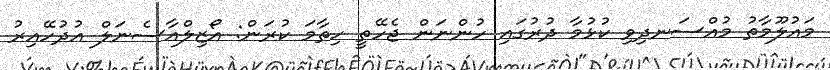
މައުލޫމާތު މުއްސަނދިވި ކުޅުމާ ދުރުގައި ހުންނަން ޖެހޭތީ ހިތާމަ ކުރަން: އޯޒިލްއާސެނަލް އުދުހޭއިރު